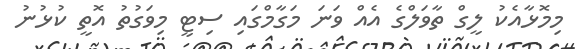
މިމޮޅާއެކު ލީގް ތާވަލްގެ އެއް ވަނަ މަގާމްގައި ސިޓީ މިވަގުތު އޮތީ ކުޅުނު